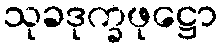
သုခဒုက္ခဖုဋ္ဌော